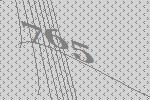
765